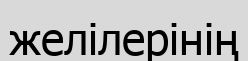
желілерінің